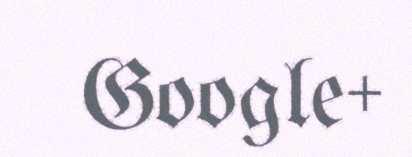
Google+